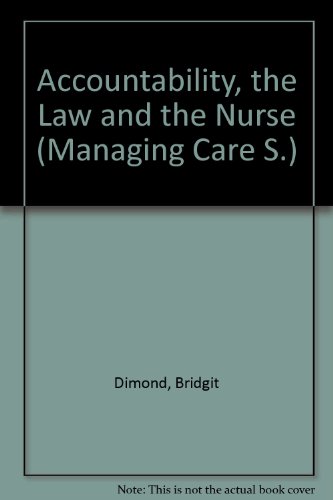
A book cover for Accountability, the Law and the Nurse (Managing Care); Bridgit C. Dimond; Law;